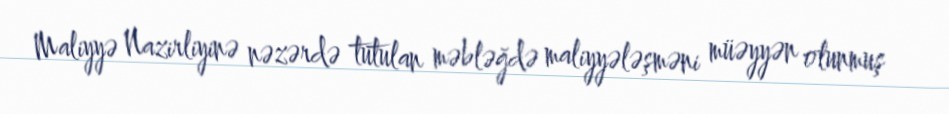
Maliyyə Nazirliyinə nəzərdə tutulan məbləğdə maliyyələşməni müəyyən olunmuş